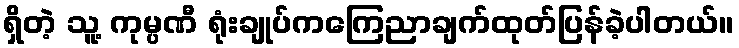
ရှိတဲ့ သူ့ ကုမ္ပဏီ ရုံးချုပ်ကကြေညာချက်ထုတ်ပြန်ခဲ့ပါတယ်။